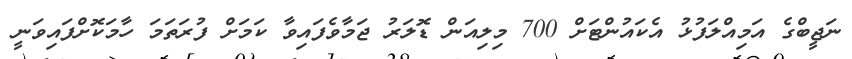
ނަޖީބްގެ އަމިއްލަފުޅު އެކައުންޓަށް 700 މިލިއަން ޑޮލަރު ޖަމާވެފައިވާ ކަމަށް ފުރަތަމަ ހާމަކޮށްފައިވަނީ